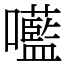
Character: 㘕